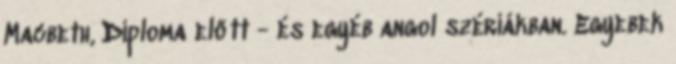
Macbeth, Diploma előtt - és egyéb angol szériákban. Egyebek